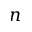
n